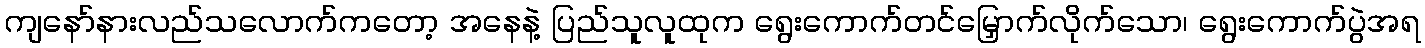
ကျနော်နားလည်သလောက်ကတော့ အနေနဲ့ ပြည်သူလူထုက ရွေးကောက်တင်မြှောက်လိုက်သော၊ ရွေးကောက်ပွဲအရ